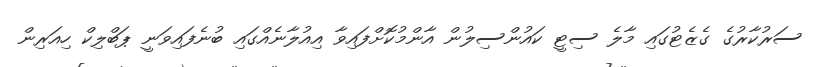
ސަރުކާރުގެ ގެޒެޓުގައި މާލެ ސިޓީ ކައުންސިލުން އާންމުކޮށްފައިވާ އިއުލާނެއްގައި ބުނެފައިވަނީ ޕަބްލިކް ހިއަރިން